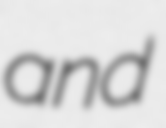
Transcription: and